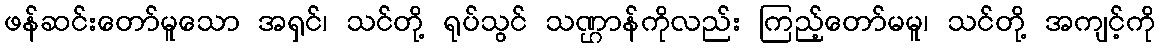
ဖန်ဆင်းတော်မူသော အရှင်၊ သင်တို့ ရုပ်သွင် သဏ္ဌာန်ကိုလည်း ကြည့်တော်မမူ၊ သင်တို့ အကျင့်ကို